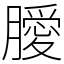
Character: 𭩊